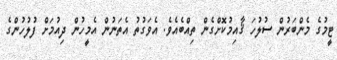
ޓީމުގެ މެންބަރުން ސުލުހަ ޤާއިމުކޮށްގެން ތިއްބެއެވެ. އެވަގުތު އެތަނުން އެމީހުން ދިއުމަށް ފުލުހުންގެ